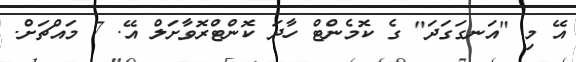
އޭ މި "އަނގަގަދަ" ގެ ކޮމެންޓް ހާދަ ކޮންޓްރޮވާށަލް އޭ. 7 މައްޗަށް.